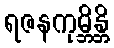
ရဇနကုမ္ဘိန္တိ